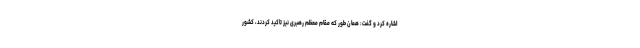
اشاره کرد و گفت: همان طور که مقام معظم رهبری نیز تاکید کردند، کشور